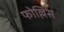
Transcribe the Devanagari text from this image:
फोल्लिस